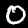
Digit: 0